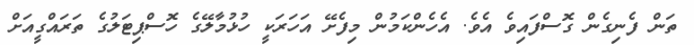
ތަން ފެނިގެން ގޮސްފައިވެ އެވެ. އެހެންކަމުން މިފެށޭ އަހަރަކީ ހުޅުމާލޭގެ ހޮސްޕިޓަލުގެ ތަރައްގީއަށް